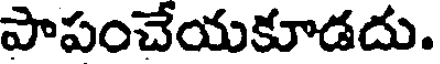
పాపంచేయకూడదు.